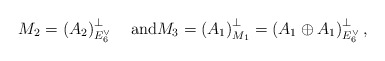
\begin{align*}M_2 = \left( A_2\right)^\perp_{E_6^\vee}\quad\textrm{and}M_3 = \left(A_1\right)^\perp_{M_1} = \left(A_1\oplus A_1\right)^\perp_{E_6^\vee},\end{align*}